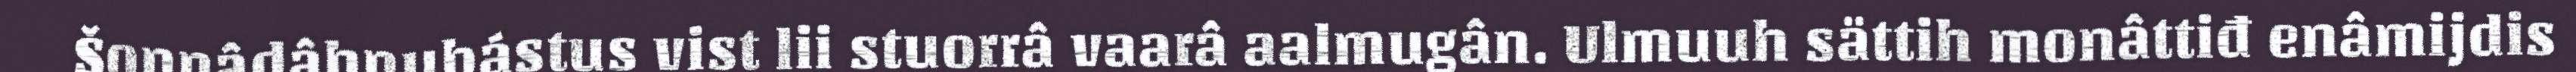
Šoŋŋâdâhnubástus vist lii stuorrâ vaarâ aalmugân. Ulmuuh sättih monâttiđ enâmijdis